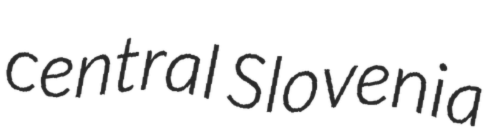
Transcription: central Slovenia